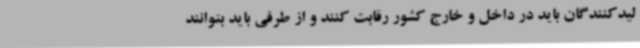
لیدکنندگان باید در داخل و خارج کشور رقابت کنند و از طرفی باید بتوانند